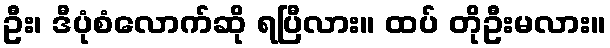
ဦး၊ ဒီပုံစံလောက်ဆို ရပြီလား။ ထပ် တိုဦးမလား။